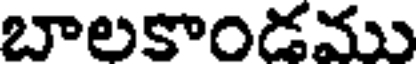
బాలకాండము